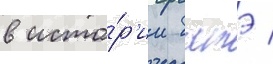
в исто́р'ии батэ /